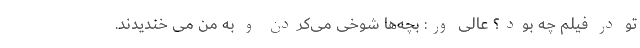
تو در فیلم چه بود؟ عالی ور: بچه‌ها شوخی می‌کردن و به من می خندیدند.